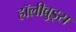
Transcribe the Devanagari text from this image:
हॉलीवुड्स